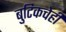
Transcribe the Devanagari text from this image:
बुटिकचेही